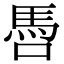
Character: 𩡳